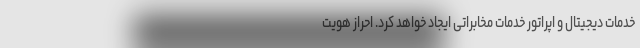
خدمات دیجیتال و اپراتور خدمات مخابراتی ایجاد خواهد کرد. احراز هویت